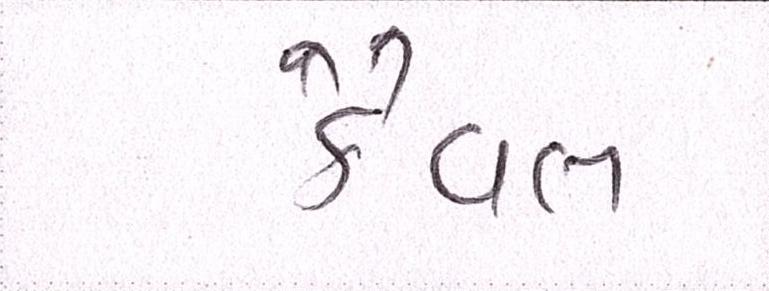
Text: કૈવલ